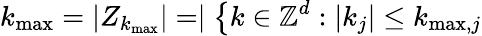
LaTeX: k_{\operatorname*{max}}=\left|Z_{k_{\operatorname*{max}}}\right|=\mid\left\{ k\in\mathbb{Z}^{d}:\left|k_{j}\right|\leq k_{\operatorname*{max},j}\right.